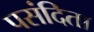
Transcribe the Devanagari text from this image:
पसंदिता